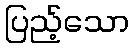
ပြည့်သော